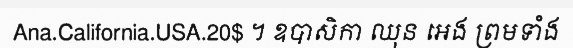
Ana.California.USA.20$ ។ ឧបាសិកា ឈុន អេង ព្រមទាំង